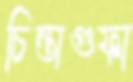
চিন্তাগুফা